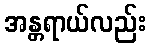
အန္တရာယ်လည်း